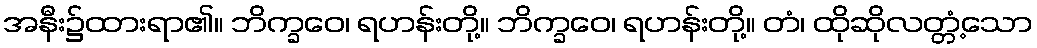
အနီး၌ထားရာ၏။ ဘိက္ခဝေ၊ ရဟန်းတို့။ ဘိက္ခဝေ၊ ရဟန်းတို့။ တံ၊ ထိုဆိုလတ္တံ့သော